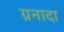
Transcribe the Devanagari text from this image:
ग्रनादा